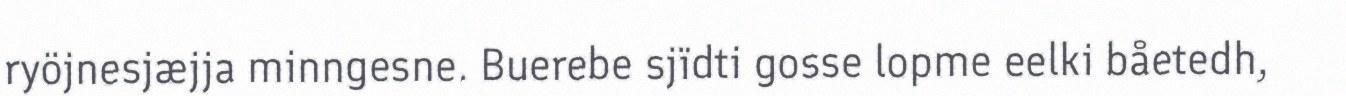
ryöjnesjæjja minngesne. Buerebe sjïdti gosse lopme eelki båetedh,